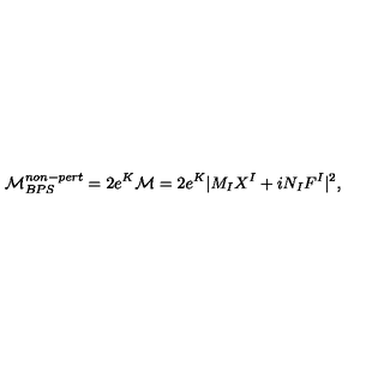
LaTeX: { \cal M } _ { B P S } ^ { n o n - p e r t } = 2 e ^ { K } { \cal M } = { 2 } e ^ { K } | M _ { I } X ^ { I } + i N _ { I } F ^ { I } | ^ { 2 } ,